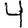
Digit: 4